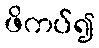
ဖိကပ်၍